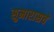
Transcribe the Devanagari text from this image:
सुमारासचे